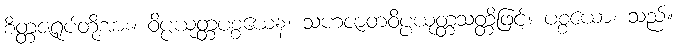
စိတ္တဇရုပ်တို့အား။ ဝိပ္ပယုတ္တပစ္စယေန၊ သဟဇာတဝိပ္ပယုတ္တသတ္တိဖြင့်။ ပစ္စယော၊ သည်။